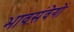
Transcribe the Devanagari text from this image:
भावसंवेगों